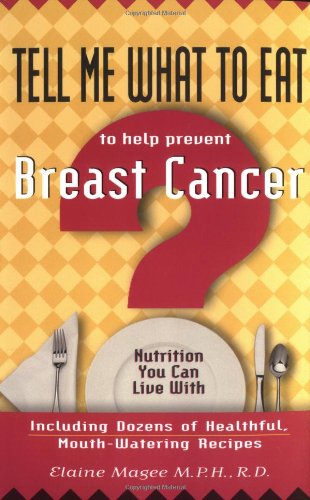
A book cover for Tell Me What to Eat to Help Prevent Breast Cancer: Nutrition You Can Live With; Elaine Magee; Health, Fitness & Dieting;